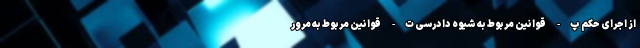
از اجرای حکم پ- قوانین مربوط به شیوه دادرسی ت- قوانین مربوط به مرور